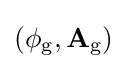
\left(\phi _{\text{g}},\mathbf {A} _{\text{g}}\right)